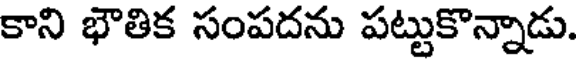
కాని భౌతిక సంపదను పట్టుకొన్నాడు.